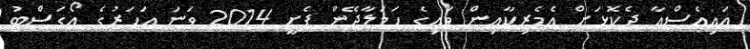
އައިއެސްއާ ދެކޮޅަށް އެމެރިކާއިން ވައިގެ ހަމަލާދޭން ފެށީ 2014 ވަނަ އަހަރުގެ އޯގަސްޓު